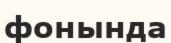
фонында